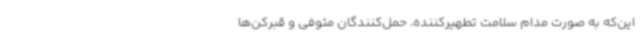
این‌که به صورت مدام سلامت تطهیرکننده، حمل‌کنندگان متوفی و قبرکن‌ها